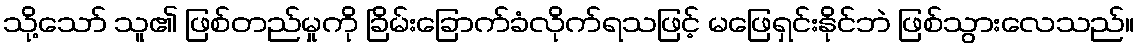
သို့သော် သူ၏ ဖြစ်တည်မှုကို ခြိမ်းခြောက်ခံလိုက်ရသဖြင့် မဖြေရှင်းနိုင်ဘဲ ဖြစ်သွားလေသည်။